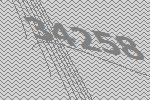
34258